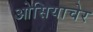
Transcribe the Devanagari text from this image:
ओसियाचेर